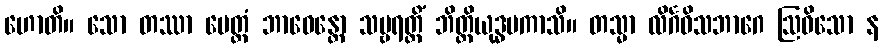
ဟောတိ။ သော တဿာ မေတ္တံ ဘာဝေန္တော သဗ္ဗရတ္တိံ ဘိတ္တိယုဒ္ဓမကာသိ။ တသ္မာ လိင်္ဂဝိသဘာဂေ ဩဓိသော န